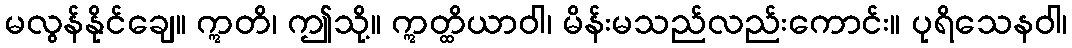
မလွန်နိုင်ချေ။ ဣတိ၊ ဤသို့။ ဣတ္ထိယာဝါ၊ မိန်းမသည်လည်းကောင်း။ ပုရိသေနဝါ၊